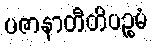
ပဇာနာတီတိပဉ္စမံ